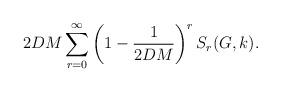
LaTeX: \begin{align*} 2DM\sum_{r=0}^\infty\left(1-\frac{1}{2DM}\right)^r S_r(G,k).\end{align*}